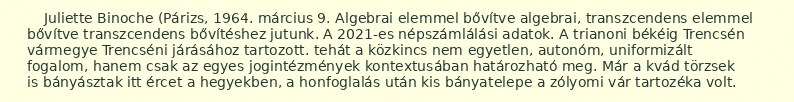
Juliette Binoche (Párizs, 1964. március 9. Algebrai elemmel bővítve algebrai, transzcendens elemmel bővítve transzcendens bővítéshez jutunk. A 2021-es népszámlálási adatok. A trianoni békéig Trencsén vármegye Trencséni járásához tartozott. tehát a közkincs nem egyetlen, autonóm, uniformizált fogalom, hanem csak az egyes jogintézmények kontextusában határozható meg. Már a kvád törzsek is bányásztak itt ércet a hegyekben, a honfoglalás után kis bányatelepe a zólyomi vár tartozéka volt.